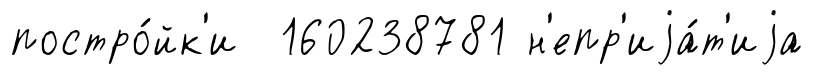
постро́йк'и 160238781 н'епр'иjа́т'иjа